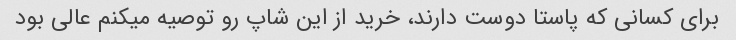
برای کسانی که پاستا دوست دارند، خرید از این شاپ رو توصیه میکنم عالی بود